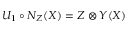
U _ { 1 } \circ N _ { Z } ( X ) = Z \otimes Y ( X )